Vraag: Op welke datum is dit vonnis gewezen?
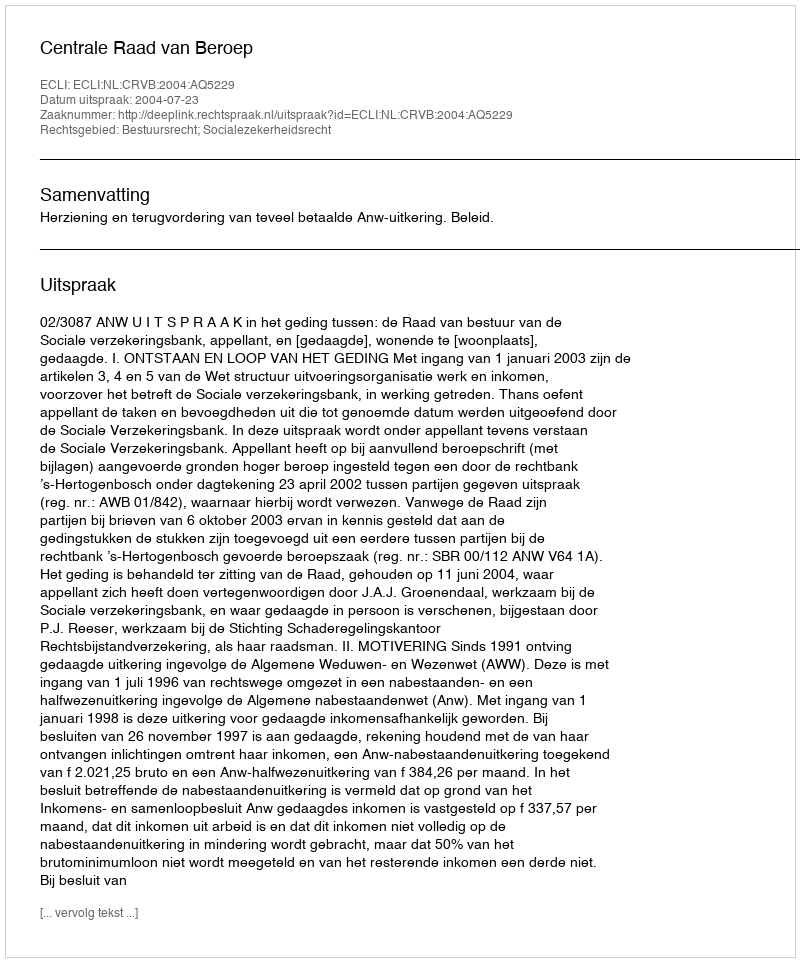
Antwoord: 2004-07-23